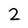
Character: 2